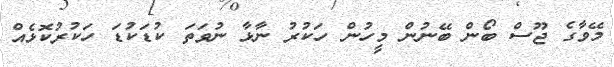
މޭވާގެ ޖޫސް ބޯން ބޭނުން މީހުން ހަކުރު ނާޅާ ނުވަތަ ކުޑަކުޑަ ހަކުރުކޮޅެއް